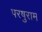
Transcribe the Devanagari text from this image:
परषुराम